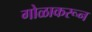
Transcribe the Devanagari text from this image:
गोळाकरून